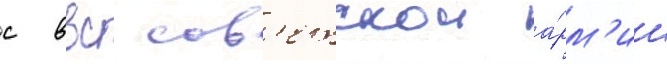
с ввс сов'етскои а́рм'ии